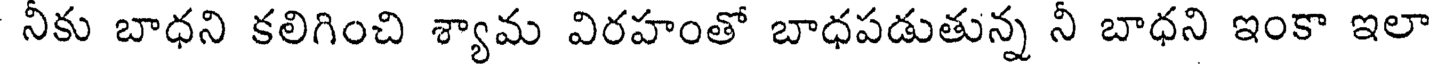
నీకు బాధని కలిగించి శ్యామ విరహంతో బాధపడుతున్న నీ బాధని ఇంకా ఇలా